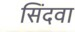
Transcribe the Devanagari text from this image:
सिंदवा